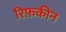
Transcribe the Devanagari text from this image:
रिफ़कीन